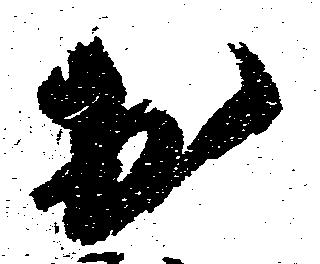
於